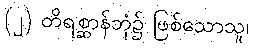
(၂) တိရစ္ဆာန်ဘုံ၌ ဖြစ်သောသူ၊